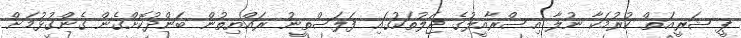
ޕީ ޝަރީއަތް ކުރުމަކާ ނުލާ އިސްރާއީލުގެ ޖަލުތަކުގައި ފަލަސްތީނު ރައްޔިތުން ބަންދުކޮށްގެން ގެންގުޅުމަށް